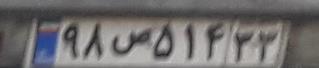
۹۸س۵۱۴۳۳